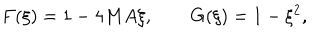
F ( \xi ) = 1 - 4 M A \xi , \qquad G ( \xi ) = 1 - \xi ^ { 2 } ,